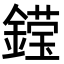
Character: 𮢽